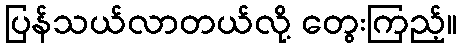
ပြန်သယ်လာတယ်လို့ တွေးကြည့်။